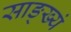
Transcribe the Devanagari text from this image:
साङ्ख्यं